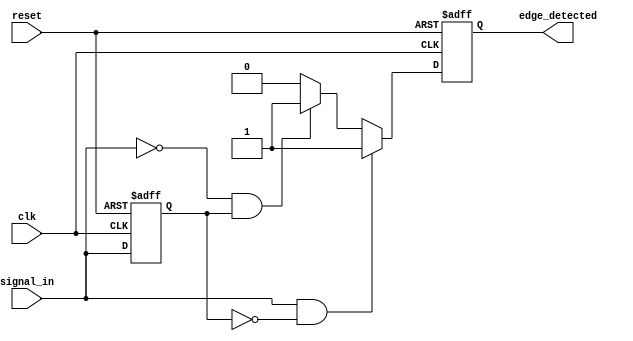
module edge_detector (
    input wire clk,               // Clock signal
    input wire reset,             // Reset signal
    input wire signal_in,         // Input digital signal
    output reg edge_detected      // Output signal indicating edge detection
);

    // Memory block to store the previous state of the input signal
    reg previous_state;

    // Always block triggered on the rising edge of the clock or reset
    always @(posedge clk or posedge reset) begin
        if (reset) begin
            // Initialize previous state to low on reset
            previous_state <= 1'b0;
            edge_detected <= 1'b0; // Clear edge detected on reset
        end else begin
            // Edge detection logic
            if (signal_in && !previous_state) begin
                // Rising edge detected
                edge_detected <= 1'b1; // Set edge detected high
            end else if (!signal_in && previous_state) begin
                // Falling edge detected
                edge_detected <= 1'b1; // Set edge detected high
            end else begin
                edge_detected <= 1'b0; // No edge detected
            end
            
            // Update previous state to current state
            previous_state <= signal_in;
        end
    end

endmodule